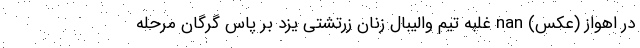
در اهواز (عکس) nan غلبه تیم والیبال زنان زرتشتی یزد بر پاس گرگان مرحله